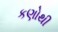
કણોથી